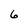
Character: 6